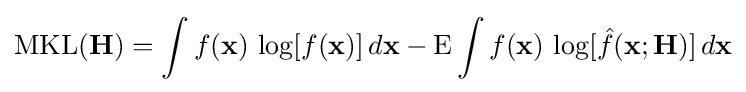
\operatorname {MKL} (\mathbf {H} )=\int f(\mathbf {x} )\,\operatorname {log} [f(\mathbf {x} )]\,d\mathbf {x} -\operatorname {E} \int f(\mathbf {x} )\,\operatorname {log} [{\hat {f}}(\mathbf {x} ;\mathbf {H} )]\,d\mathbf {x}